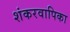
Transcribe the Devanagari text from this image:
शंकरवापिका